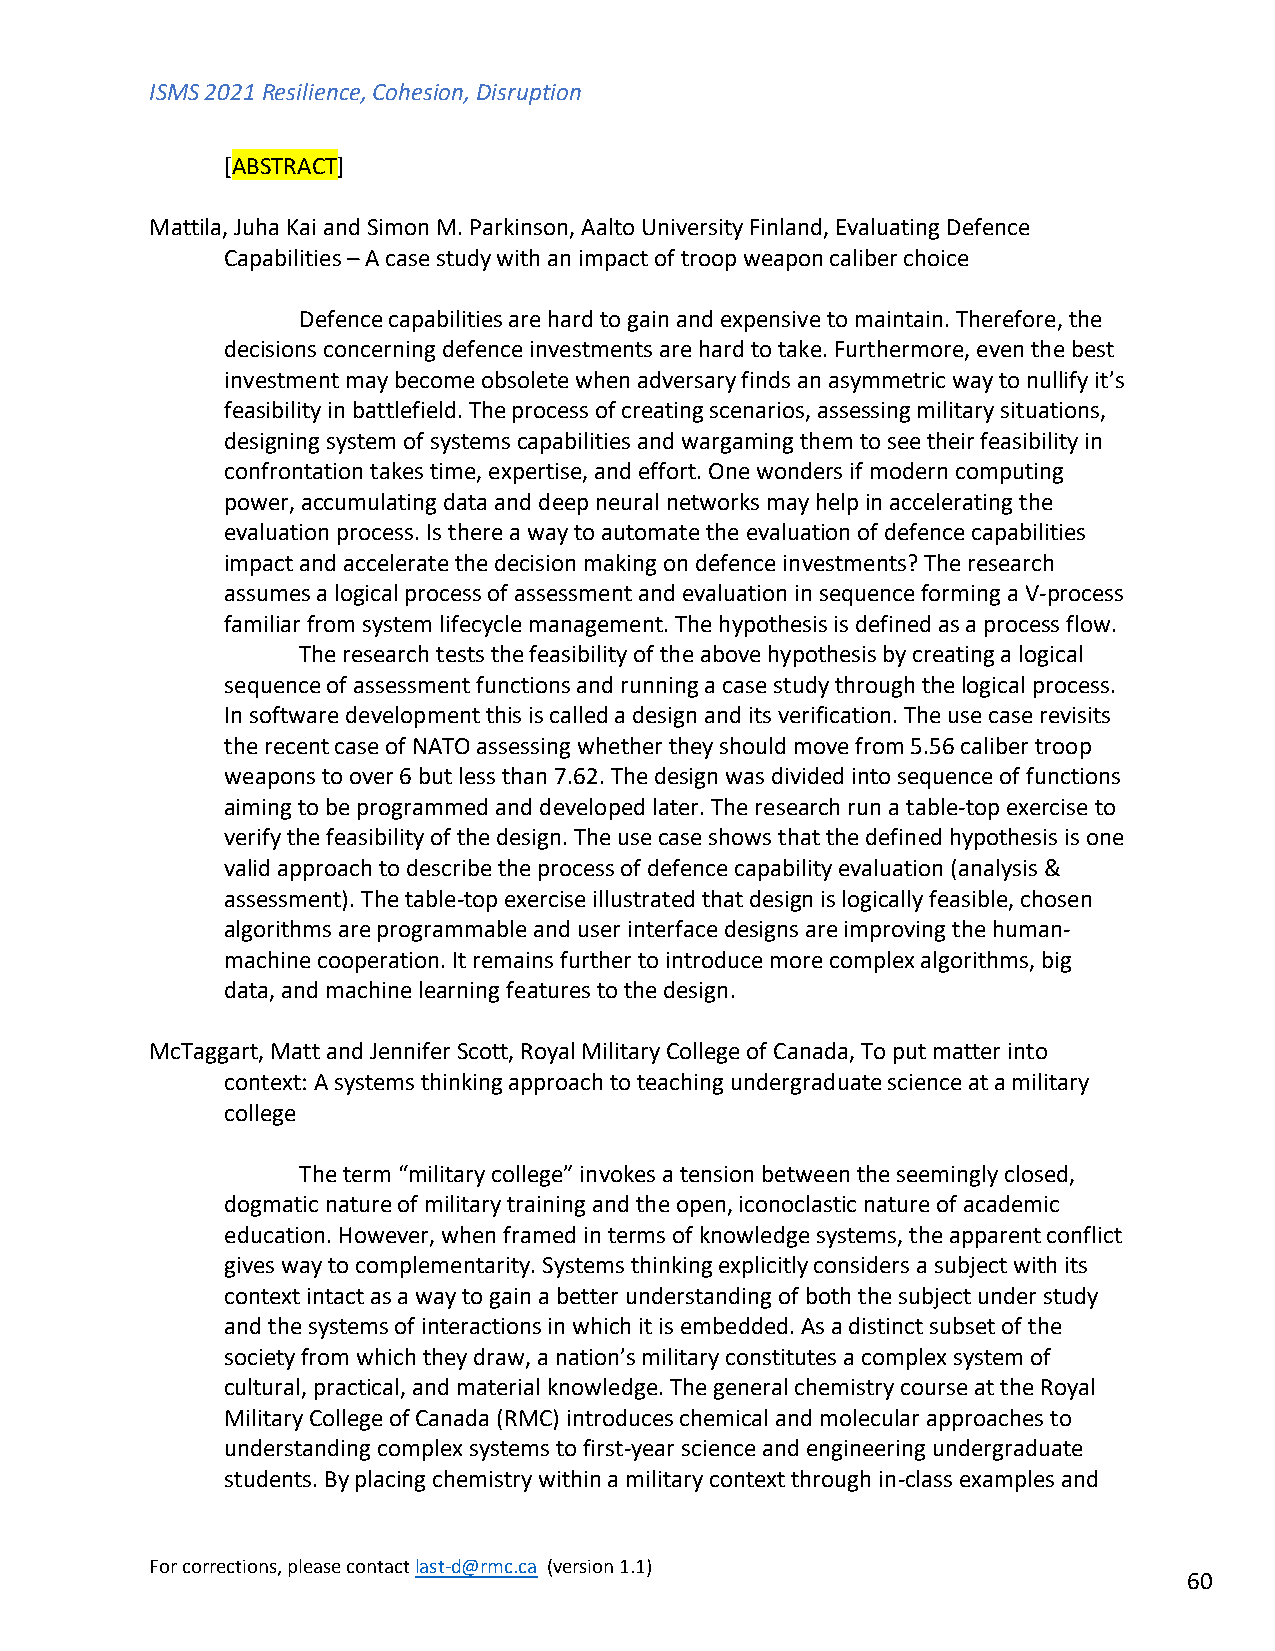
ISMS 2021 Resilience, Cohesion, Disruption
 [ABSTRACT]
 Mattila, Juha Kai and Simon M. Parkinson, Aalto University Finland, Evaluating Defence
 Capabilities – A case study with an impact of troop weapon caliber choice
 Defence capabilities are hard to gain and expensive to maintain. Therefore, the
 decisions concerning defence investments are hard to take. Furthermore, even the best
 investment may become obsolete when adversary finds an asymmetric way to nullify it’s
 feasibility in battlefield. The process of creating scenarios, assessing military situations,
 designing system of systems capabilities and wargaming them to see their feasibility in
 confrontation takes time, expertise, and effort. One wonders if modern computing
 power, accumulating data and deep neural networks may help in accelerating the
 evaluation process. Is there a way to automate the evaluation of defence capabilities
 impact and accelerate the decision making on defence investments? The research
 assumes a logical process of assessment and evaluation in sequence forming a V-process
 familiar from system lifecycle management. The hypothesis is defined as a process flow.
 The research tests the feasibility of the above hypothesis by creating a logical
 sequence of assessment functions and running a case study through the logical process.
 In software development this is called a design and its verification. The use case revisits
 the recent case of NATO assessing whether they should move from 5.56 caliber troop
 weapons to over 6 but less than 7.62. The design was divided into sequence of functions
 aiming to be programmed and developed later. The research run a table-top exercise to
 verify the feasibility of the design. The use case shows that the defined hypothesis is one
 valid approach to describe the process of defence capability evaluation (analysis &
 assessment). The table-top exercise illustrated that design is logically feasible, chosen
 algorithms are programmable and user interface designs are improving the human-
 machine cooperation. It remains further to introduce more complex algorithms, big
 data, and machine learning features to the design.
 McTaggart, Matt and Jennifer Scott, Royal Military College of Canada, To put matter into
 context: A systems thinking approach to teaching undergraduate science at a military
 college
 The term “military college” invokes a tension between the seemingly closed,
 dogmatic nature of military training and the open, iconoclastic nature of academic
 education. However, when framed in terms of knowledge systems, the apparent conflict
 gives way to complementarity. Systems thinking explicitly considers a subject with its
 context intact as a way to gain a better understanding of both the subject under study
 and the systems of interactions in which it is embedded. As a distinct subset of the
 society from which they draw, a nation’s military constitutes a complex system of
 cultural, practical, and material knowledge. The general chemistry course at the Royal
 Military College of Canada (RMC) introduces chemical and molecular approaches to
 understanding complex systems to first-year science and engineering undergraduate
 students. By placing chemistry within a military context through in-class examples and
 For corrections, please contact last-d@rmc.ca (version 1.1)
 60